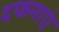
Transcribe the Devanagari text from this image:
दफनाएं